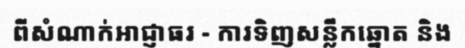
ពីសំណាក់អាជ្ញាធរ - ការទិញសន្លឹកឆ្នោត និង